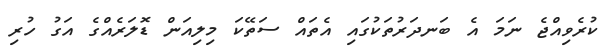
ކުރެވިއްޖެ ނަމަ އެ ބަނދަރުތަކުގައި އެތައް ސަތޭކަ މިލިއަން ޑޮލަރެއްގެ އަގު ހުރި